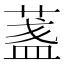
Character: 𦶻